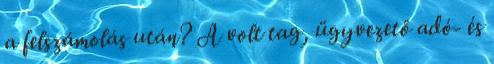
a felszámolás után? A volt tag, ügyvezető adó- és